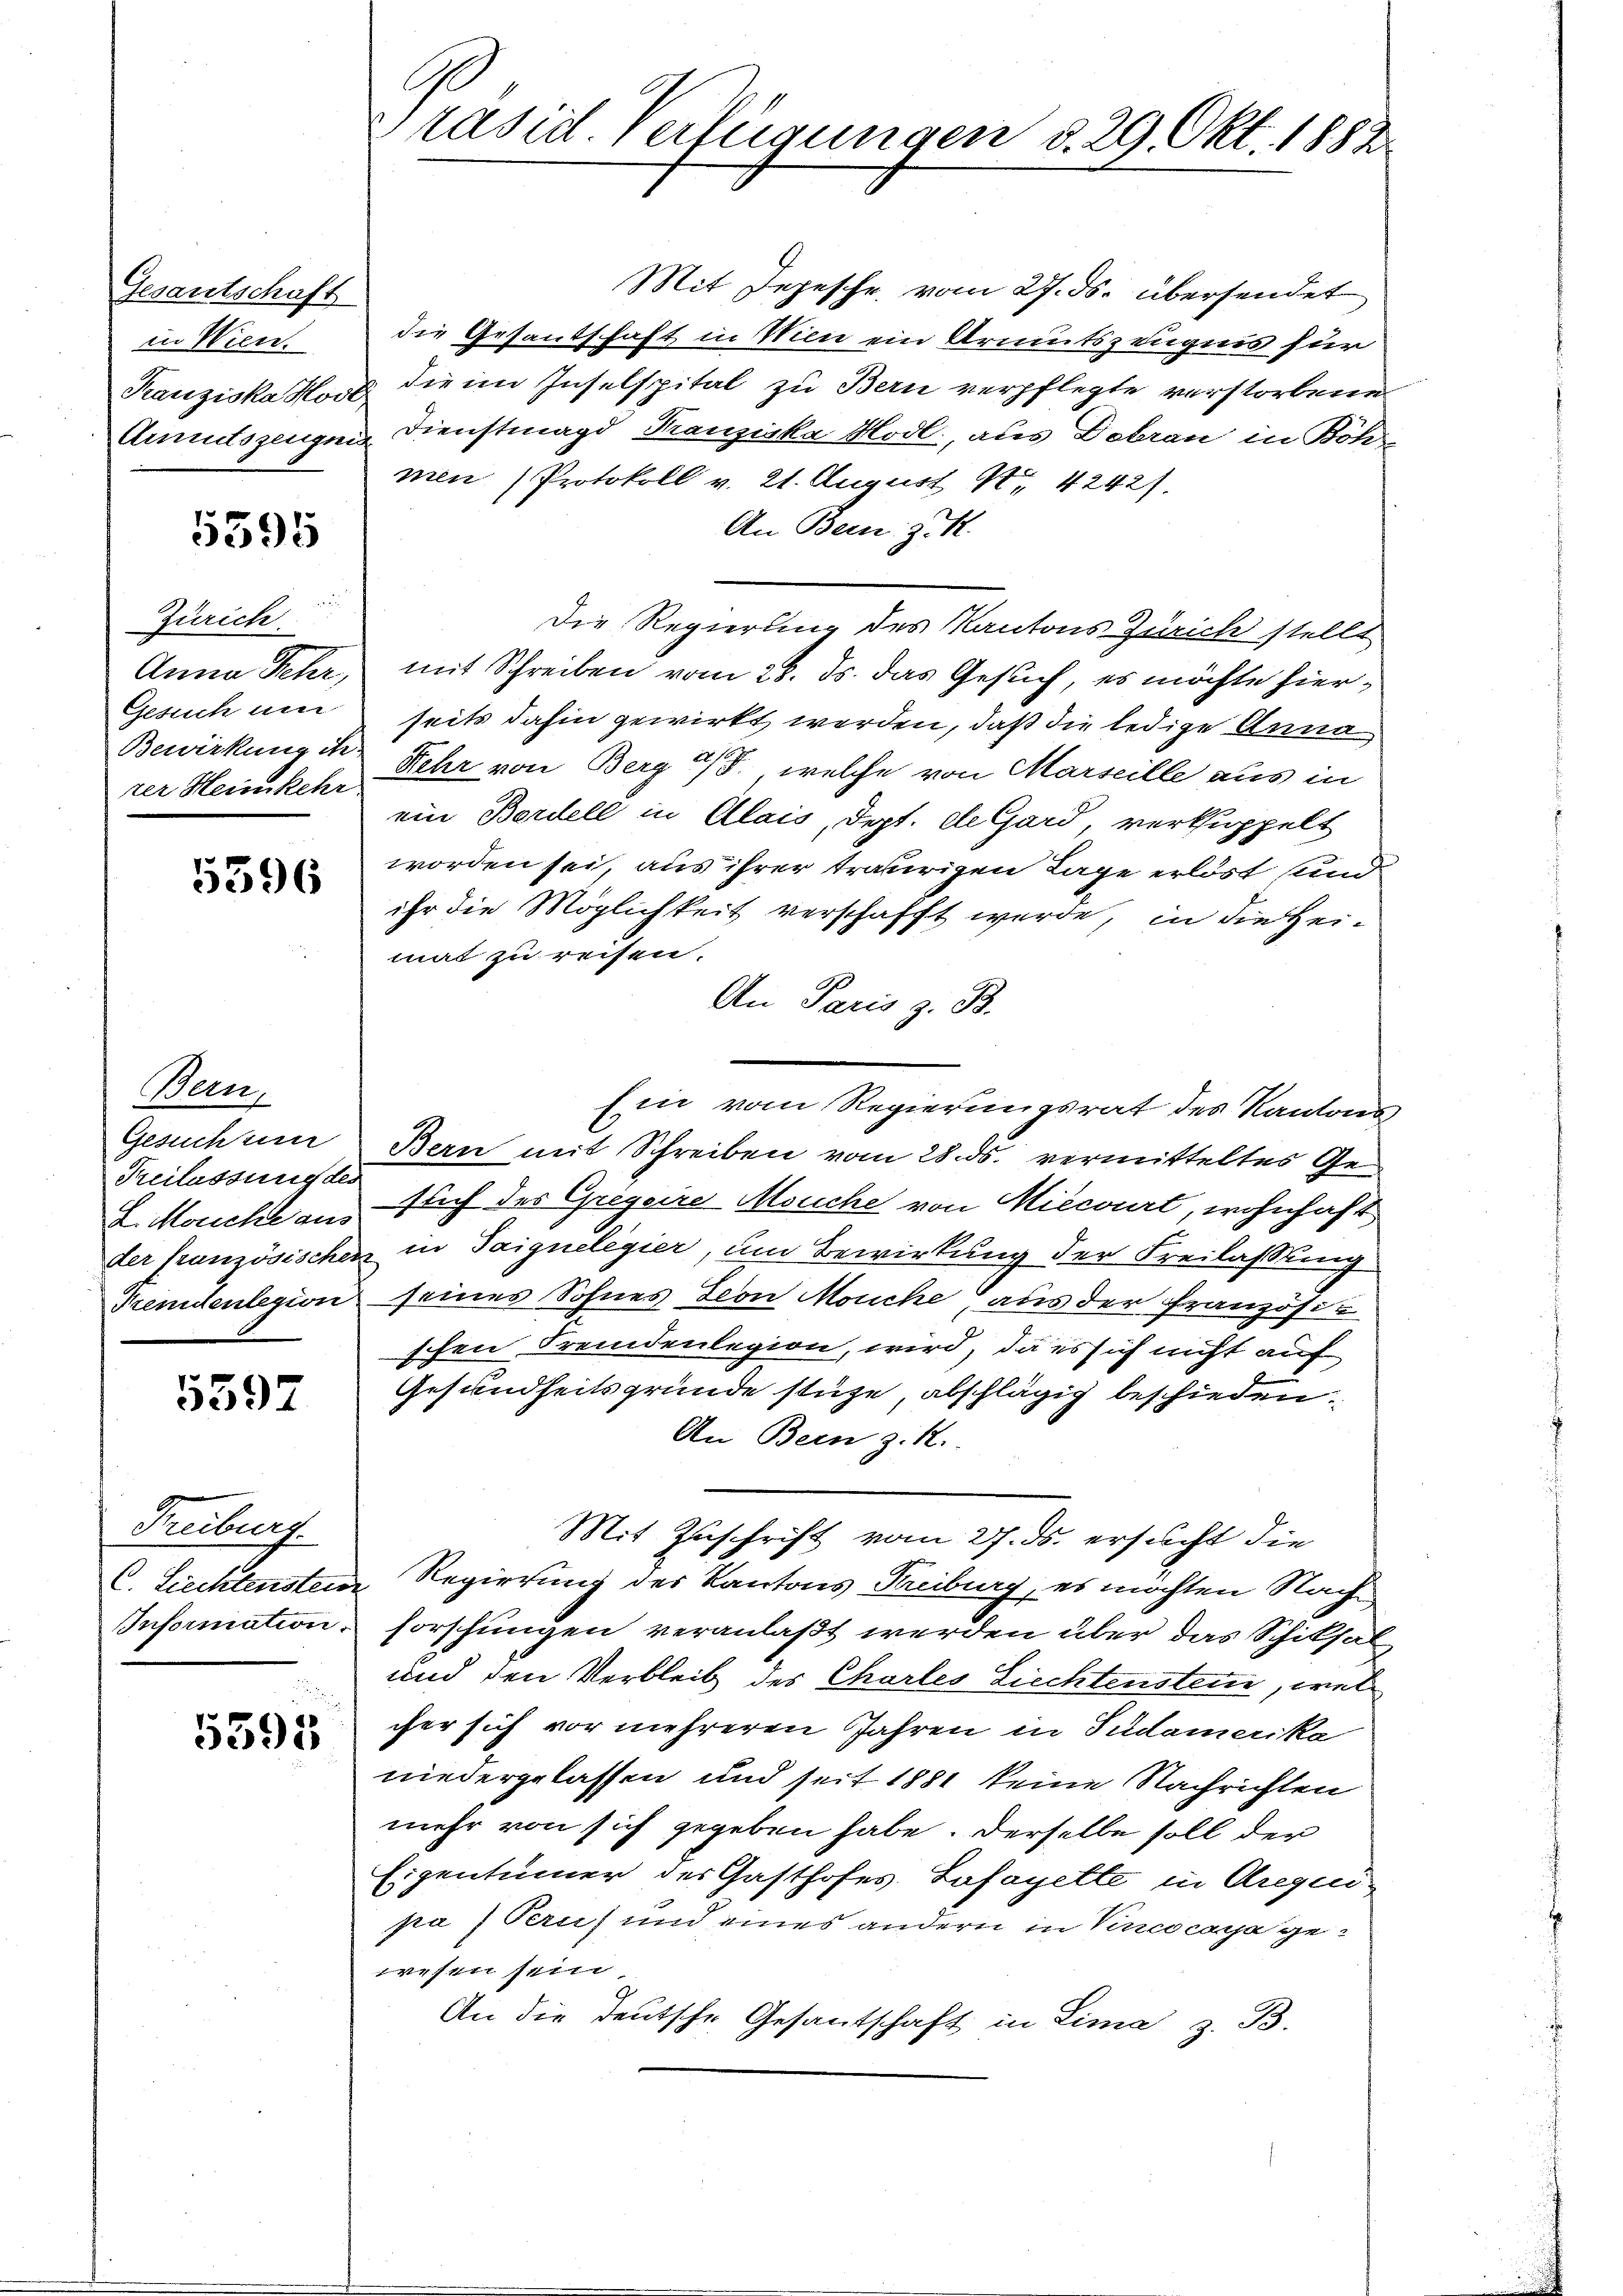
Gesantschaft
in Wien.

5395

Zürich.
Anna Fehr,
Gesuch um
Bewirkung ihr
rer Heimkehr

5396

Bern,
Gesuchun
Freilassung des
L. Meuche aus
der französischen
Pendenlegion

5597

Freiburg.
C. Liechtenstein
Information.

5595

Präsid. Verfügungen d. 29. Okt. 1882.

Mit Depeschr. vom 27. ds. übersendet
die Gesandschaft in Wien ein Armutszeugnis für
Kanziska Hort die im Inselspital zu Bern verpflegte verstorbene
Armutszeugen Dienstmagd Franziska Hodl., aus Debran in Böh
men (Protokoll v. 21. August 1. 42421.
An Bern. J. K.
Die Regierung des Kantons Zürich stellt
mit Schreiben vom 28. ds. das Gesuch, es möchte hierseits dahin gewirkt werden, daß die ledige Anna
Kehr von Berg u. welche von Marseille aus in
ein Bordell in Alais, dept. de Gard, verkuppelt
worden sei, aus ihrer traurigen Lage erlöst und
ihr die Möglichkeit verschafft werde, in die Heimat zu reisen.
An Paris z. B.
Ein vom Regierungsrat des Kantons
Bern mit Schreiben vom 28. ds. vermitteltes Geslich des Gregere Meuche von Miecourt, wohnhaft
in Saignelegier, um Bewirkung der Freilassung
seines Sohnes Leon Mouche aus der Französiz
schen Fremdenlegion, wird, da es sich nicht auf
Gesundheitsgründe stüze, abschlägig beschieden.
An Bern z. R.
Mit Zuschrift vom 27. ds. ersucht die
Regierung des Kantons Freiburg, es möchten Nach
forschungen veranlaßt werden über das Schiksal
und den Verbleib des Charles Liechtenstene, welcher sich vor mehreren Jahren in Pudamerika
niedergelassen und seit 1881 keine Nachrichten
mehr von sich gegeben habe. Derselbe soll der
Eigentümer des Gasthofes Lafayette in Aregen
pa 7 Perus und eines andern in Vincocarja gewesen sein,
An die deutsche Gesantschaft in Lima z. B.